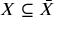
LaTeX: X \subseteq { \bar { X } }